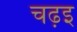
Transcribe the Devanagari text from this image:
चढ़इ